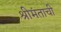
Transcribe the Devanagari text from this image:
श्रीमंताची